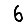
Digit: 6